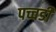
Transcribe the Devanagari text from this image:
पच्चडी